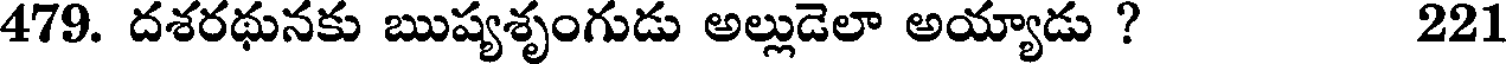
479. దశరథునకు ఋష్యశృంగుడు అల్లుడెలా అయ్యాడు ? 221